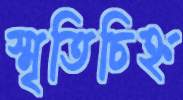
স্মৃতিচিহ্ন